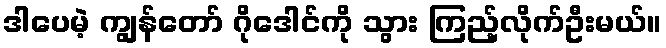
ဒါပေမဲ့ ကျွန်တော် ဂိုဒေါင်ကို သွား ကြည့်လိုက်ဦးမယ်။